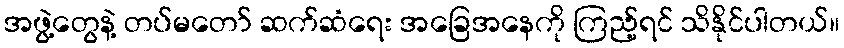
အဖွဲ့တွေနဲ့ တပ်မတော် ဆက်ဆံရေး အခြေအနေကို ကြည့်ရင် သိနိုင်ပါတယ်။